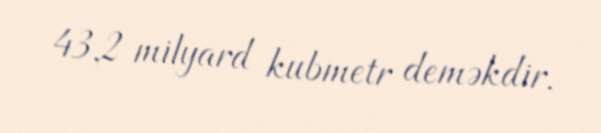
43,2 milyard kubmetr deməkdir.